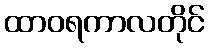
ထာဝရကာလတိုင်